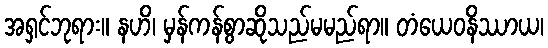
အရှင်ဘုရား။ နဟိ၊ မှန်ကန်စွာဆိုသည်မမည်ရာ။ တံယေဝနိဿာယ၊